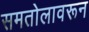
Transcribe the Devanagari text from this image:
समतोलावरून